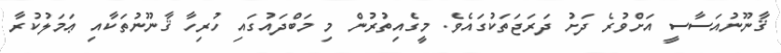
ޤާނޫނުއަސާސީ އަށްވުރެ ދަށު ދަރަޖަތަކުގައެވެ. މީގެއިތުރުން މި މަބްދައުގައި ހުރިހާ ޤާނޫނުތަކާއި ޢަމަލުކުރާ